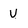
Character: U